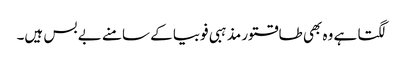
لگتا ہے وہ بھی طاقتور مذہبی فوبیا کے سامنے بے بس ہیں۔